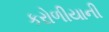
કરોળીયાની